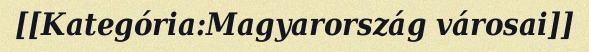
[[Kategória:Magyarország városai]]